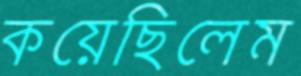
কয়েছিলেম